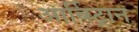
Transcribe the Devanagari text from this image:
आर्बिट्रान